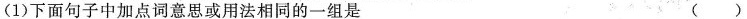
(1)下面句子中加点词意思或用法相同的一组是 ( )